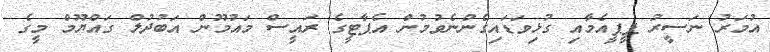
އުމަރު ނަސީރު ޕީޕީއެމާއި ގުޅިވަޑައިގެންނެވުމުން އެޕާޓީގެ ރައީސް މައުމޫން އަބުދުލް ގައްޔޫމް މީގެ